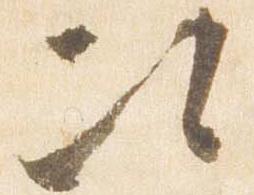
次